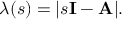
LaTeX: \lambda ( s ) = | s \mathbf { I } - \mathbf { A } | .